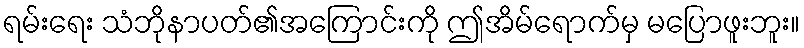
ရမ်းရေး သံဘိုနာပတ်၏အကြောင်းကို ဤအိမ်ရောက်မှ မပြောဖူးဘူး။